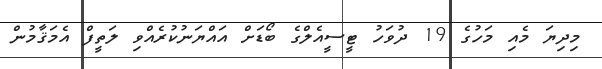
މިދިޔަ މެއި މަހުގެ 19 ދުވަހު ޓީސީއެލްގެ ބޯޑަށް އައްޔަނުކުރެއްވި ލަތީފް އެމަޤާމުން